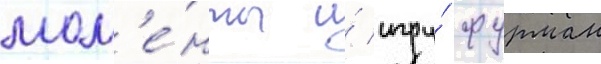
мом'е́нты и́ игру́ фурман